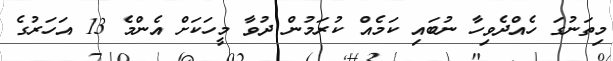
މިތަނުގަ ހެއްދެވިހާ ނުބައި ކަމެއް ކުރަމުން ދުވާ މީހަކަށް އެންމެ 13 އަހަރުގެ